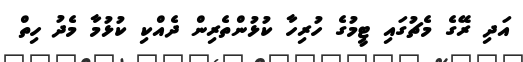
އަދި ރޭގެ މެޗުގައި ޓީމުގެ ހުރިހާ ކުޅުންތެރިން ދެއްކި ކުޅުމާ މެދު ހިތް